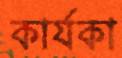
কার্যকা